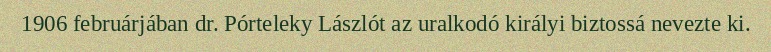
1906 februárjában dr. Pórteleky Lászlót az uralkodó királyi biztossá nevezte ki.